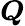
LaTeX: \boldsymbol{Q}